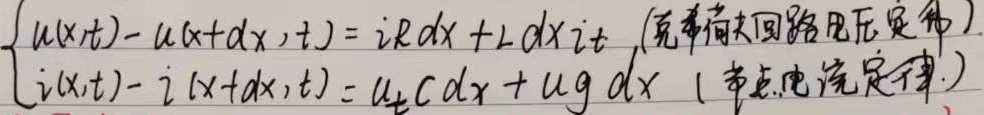
\(\begin{cases}
u(x,t)-u(x + dx,t)=iRdx+Ldx\frac{\partial i}{\partial t} \quad(\text{基尔霍夫回路电压定律})\\
i(x,t)-i(x + dx,t)=uC\frac{\partial u}{\partial t}dx+ugdx \quad(\text{节点电流定律})
\end{cases}\)